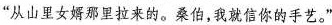
”从山里女婿那里拉来的。桑伯，我就信你的手艺。”